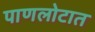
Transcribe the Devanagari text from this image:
पाणलोटात